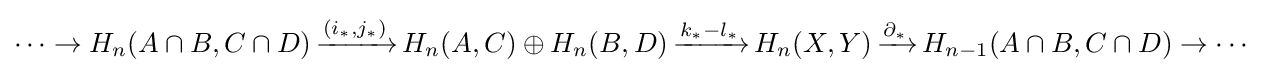
\cdots \to H_{n}(A\cap B,C\cap D)\,{\xrightarrow {(i_{*},j_{*})}}\,H_{n}(A,C)\oplus H_{n}(B,D)\,{\xrightarrow {k_{*}-l_{*}}}\,H_{n}(X,Y)\,{\xrightarrow {\partial _{*}}}\,H_{n-1}(A\cap B,C\cap D)\to \cdots